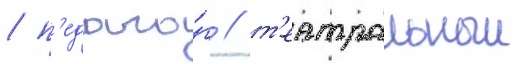
/ п'едаго́г / т'еатральныи